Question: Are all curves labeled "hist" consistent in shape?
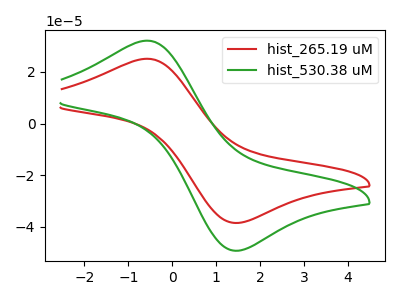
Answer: <think>The red curve "hist_265.19 uM" has an anodic peak at (-0.60V, 25.10uA) and a cathodic peak at (1.50V, -38.55uA). The green curve "hist_530.38 uM" has an anodic peak at (-0.60V, 32.15uA) and a cathodic peak at (1.50V, -49.30uA).
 All the peaks in "hist_265.19 uM" have a peak in "hist_530.38 uM" at the same potential. Every peak in "hist_265.19 uM" is lower than every peak in "hist_530.38 uM".</think>
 <answer>All the CV's of "hist" have similar shape.</answer>
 <eval>follow_rule</eval>